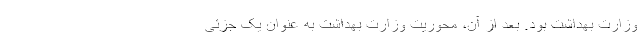
وزارت بهداشت بود. بعد از آن، محوریت وزارت بهداشت به عنوان یک جزئی